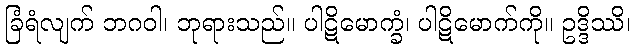
ခြံရံလျက် ဘဂဝါ၊ ဘုရားသည်။ ပါဋိမောက္ခံ၊ ပါဋိမောက်ကို။ ဥဒ္ဒိဿိ၊